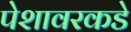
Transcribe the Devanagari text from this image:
पेशावरकडे